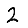
Digit: 2